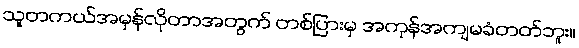
သူတကယ်အမှန်လိုတာအတွက် တစ်ပြားမှ အကုန်အကျမခံတတ်ဘူး။